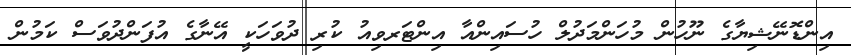
އިންޑޮނޭޝިޔާގެ ނޫހުން މުހަންމަދުލް ހުސައިންއާ އިންޓަރވިއު ކުރި ދުވަހަކީ އޭނާގެ އުފަންދުވަސް ކަމުން